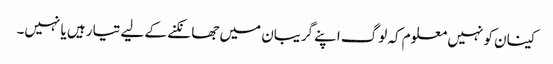
کینان کو نہیں معلوم کہ لوگ اپنے گریبان میں جھانکنے کے لیے تیار ہیں یا نہیں۔